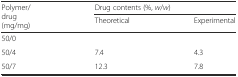
| <ROWSPAN=2> Polymer/drug (mg/mg) | <COLSPAN=2> Drug contents (%, w/w) |
 | Theoretical | Experimental |
 | --- | --- | --- |
 | 50/0 |  |  |
 | 50/4 | 7.4 | 4.3 |
 | 50/7 | 12.3 | 7.8 |